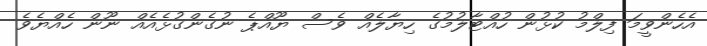
އެހެންވީމަ ފިލްމު ކުޅުން ހުއްޓާލުމުގެ ހިޔާލެއް ވެސް ޔޫއްޕެ ނުގެންގުޅެއެއް ނޫން ހެއްޔެވެ